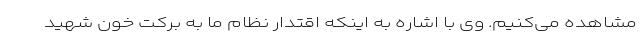
مشاهده می‌کنیم. وی با اشاره به اینکه اقتدار نظام ما به برکت خون شهید